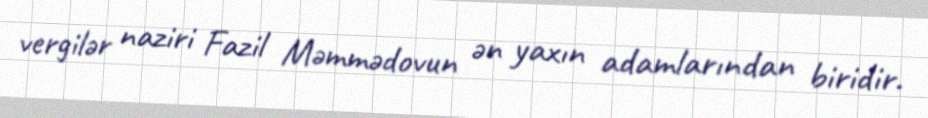
vergilər naziri Fazil Məmmədovun ən yaxın adamlarından biridir.